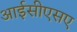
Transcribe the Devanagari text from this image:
आईसीएसए